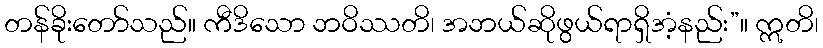
တန်ခိုးတော်သည်။ ကီဒိသော ဘဝိဿတိ၊ အဘယ်ဆိုဖွယ်ရာရှိအံ့နည်း”။ ဣတိ၊